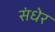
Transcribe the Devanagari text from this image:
संधेर